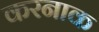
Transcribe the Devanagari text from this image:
करनाक